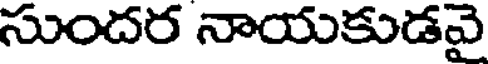
సుందర నాయకుడవై